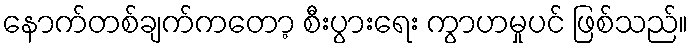
နောက်တစ်ချက်ကတော့ စီးပွားရေး ကွာဟမှုပင် ဖြစ်သည်။